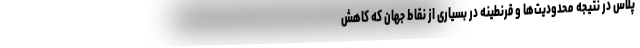
پلاس در نتیجه محدودیت‌ها و قرنطینه در بسیاری از نقاط جهان که کاهش